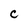
Character: C